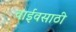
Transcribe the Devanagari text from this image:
वाईवसाठी